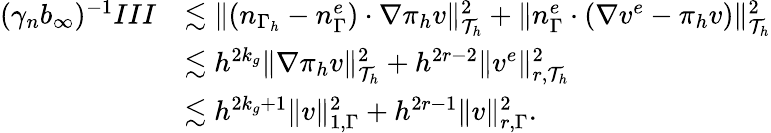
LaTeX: \begin{array}{rl}{(\gamma_{n}b_{\infty})^{-1}III}&{\lesssim\| (n_{\Gamma_{h}}-n_{\Gamma}^{e})\cdot\nabla\pi_{h}v\| _{\mathcal{T}_{h}}^{2}+\| n_{\Gamma}^{e}\cdot(\nabla v^{e}-\pi_{h}v)\| _{\mathcal{T}_{h}}^{2}}\\ &{\lesssim h^{2k_{g}}\| \nabla\pi_{h}v\| _{\mathcal{T}_{h}}^{2}+h^{2r-2}\| v^{e}\| _{r,\mathcal{T}_{h}}^{2}}\\ &{\lesssim h^{2k_{g}+1}\| v\| _{1,\Gamma}^{2}+h^{2r-1}\| v\| _{r,\Gamma}^{2}.}\end{array}